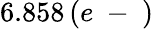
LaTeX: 6.858\, (e\mathrm{~-~})